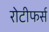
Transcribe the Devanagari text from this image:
रोटीफर्स